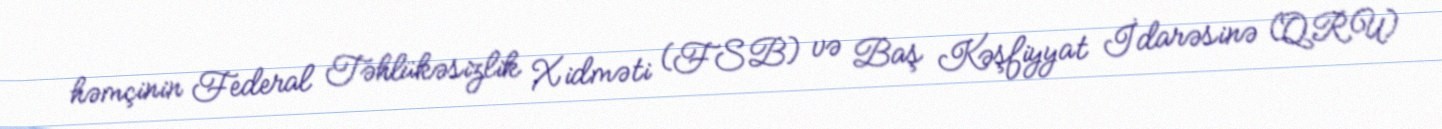
həmçinin Federal Təhlükəsizlik Xidməti (FSB) və Baş Kəşfiyyat İdarəsinə (QRU)